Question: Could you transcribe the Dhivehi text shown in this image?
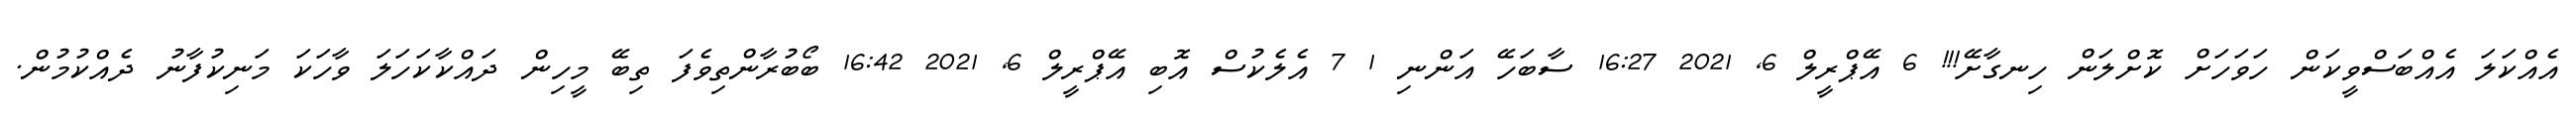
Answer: އެއްކަލަ އެއްބަސްވީކަން ހަވަހަށް ކޮށްލަން ހިނގާށޭ!!! 6 އޭޕްރީލް 6, 2021 16:27 ސާބަހޭ އަންނި 1 7 އެލެކުސް އޮބި އޭޕްރީލް 6, 2021 16:42 ބޯބުރާންތިވެފަ ތިބޭ މީހިން ދައްކާކަހަލަ ވާހަކަ މަނިކުފާނު ދެއްކުމުން.